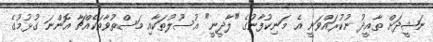
ނަޝީދަށް ތާއީދު ނުކުރައްވަނީ އެ މަނިކުފާނުގެ "ލާދީނީ" އުސޫލުތަކާއި މަސްތުވާތަކެއްޗާ އޮންނަ ގުޅުމުގެ